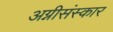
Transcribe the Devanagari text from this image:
अग्नीसंस्कार